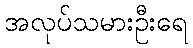
အလုပ်သမားဦးရေ